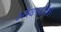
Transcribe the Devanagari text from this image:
अस्वस्थतेत